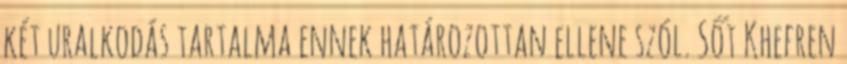
két uralkodás tartalma ennek határozottan ellene szól. Sőt Khefren